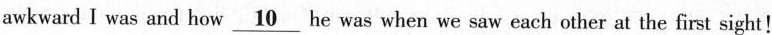
awkward I was and how \underline{10} he was when we saw each other at the first sight!